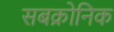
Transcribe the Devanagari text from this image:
सबक्रोनिक